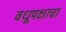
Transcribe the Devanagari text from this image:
वधूपक्षाचा